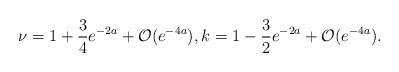
LaTeX: \begin{align*}\nu = 1 + \frac{3}{4} e^{-2a} + \mathcal{O}(e^{-4a}), k = 1 - \frac{3}{2} e^{-2a} + \mathcal{O}(e^{-4a}).\end{align*}